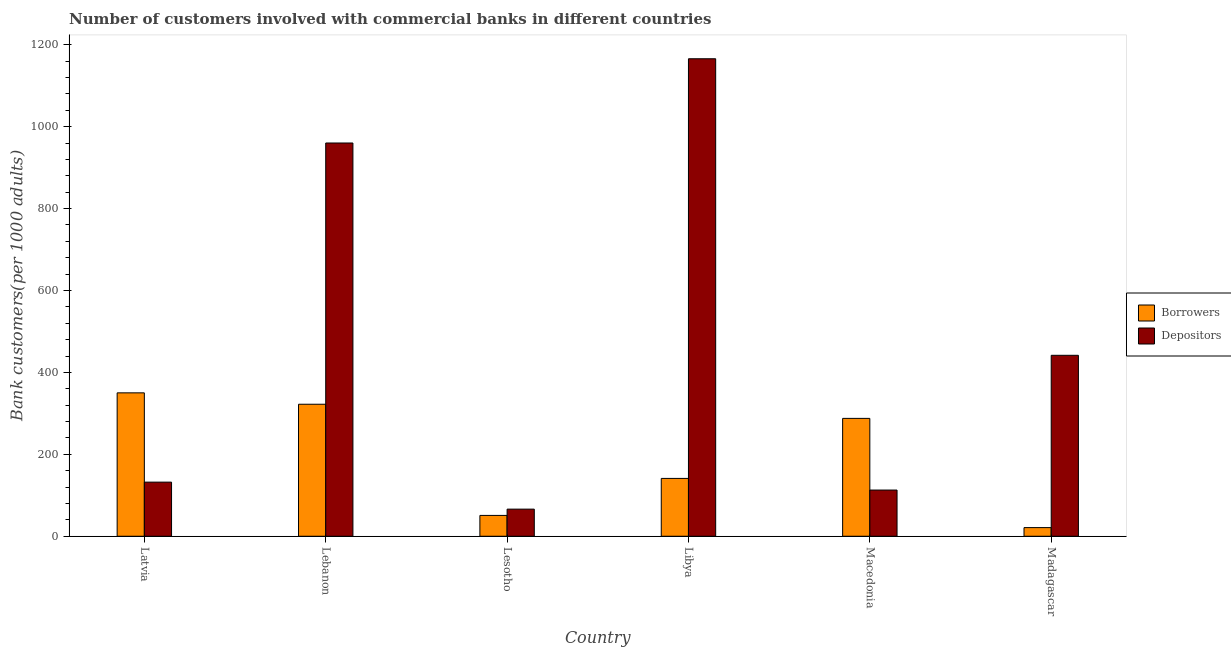
| Country | Borrowers | Depositors |
 | --- | --- | --- |
 | Latvia | 350 | 132 |
 | Lebanon | 322 | 960 |
 | Lesotho | 50.9 | 66.2 |
 | Libya | 141 | 1.17e+03 |
 | Macedonia | 288 | 113 |
 | Madagascar | 21.1 | 442 |